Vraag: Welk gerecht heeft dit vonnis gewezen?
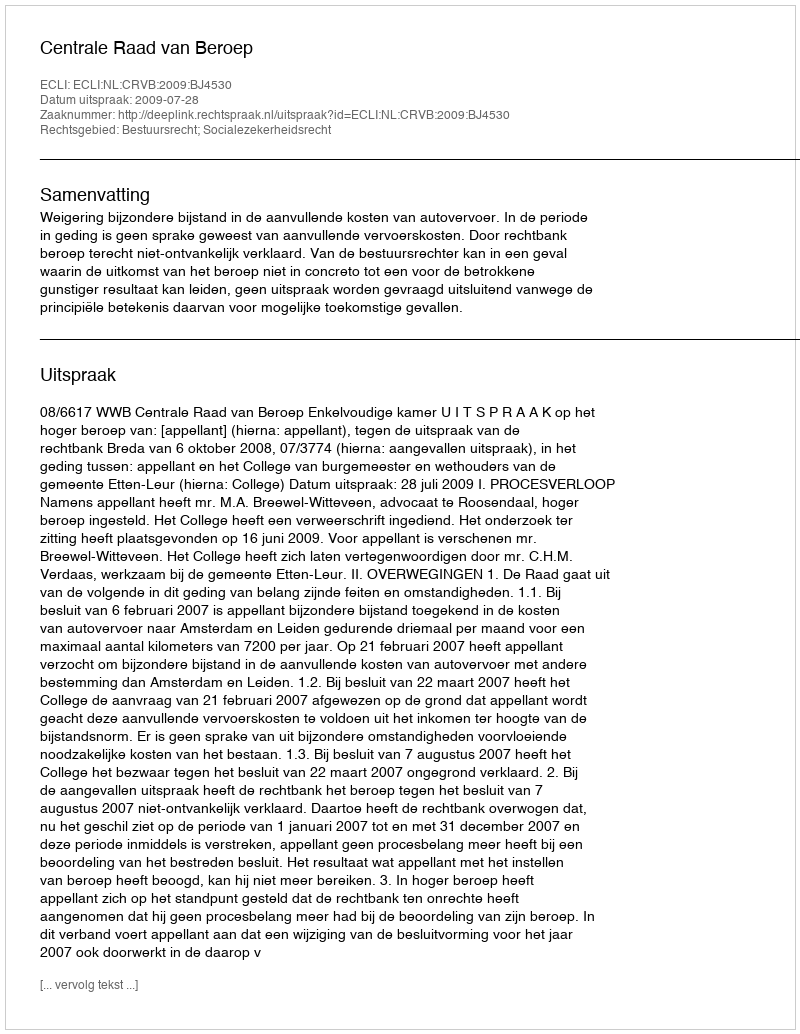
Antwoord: Centrale Raad van Beroep